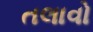
તલાવો